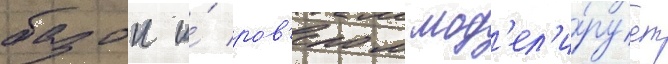
базои и́ ров'ером мод'ел'и́рует